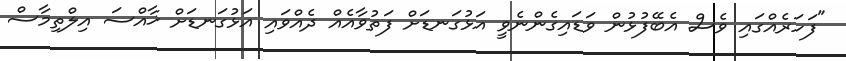
"ފަހަރެއްގައި ވެސް އެބޭފުޅުން ވަޑައިގެންނެވީ އަޅުގަނޑަށް ފަތުވާއެއް ދެއްވައި އަޅުގަނޑަށް ޚާއްސަ އިލްތިމާސް